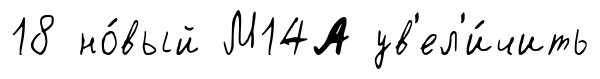
18 но́вый М14А ув'ел'и́чить